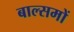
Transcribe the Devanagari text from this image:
बाल्समों